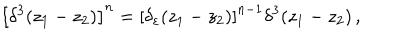
\left[ \delta ^ { 3 } ( z _ { 1 } - z _ { 2 } ) \right] ^ { n } = \left[ \delta _ { \varepsilon } ( z _ { 1 } - z _ { 2 } ) \right] ^ { n - 1 } \delta ^ { 3 } ( z _ { 1 } - z _ { 2 } ) \, ,